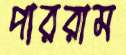
পাররাম